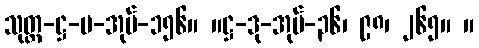
သုတ္တ-ဋ္ဌ-ပ-အုပ်-၁၅၆။ ။ဋ္ဌ-ဒု-အုပ်-၃၆၊ ၉၈၊ ၂၆၅။ ။